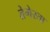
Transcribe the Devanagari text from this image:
तेगेस्ता